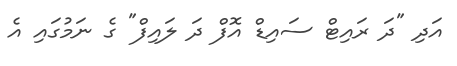
އަދި "ދަ ރައިޓް ސައިޑް އޮފް ދަ ލައިފް" ގެ ނަމުގައި އެ